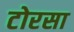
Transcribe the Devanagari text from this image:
टोरसा